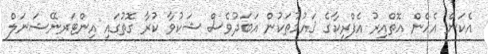
އެކަން އެހެން އޮތްއިރު އެފްރިކާގެ ޤައުމުތަކުން އަބަދުވެސް ޝަކުވާ ކުރާ ގޮތުގައި އިންޓަރނޭޝަނަލް